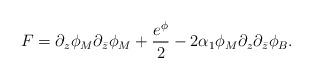
LaTeX: \begin{align*}F= \partial_z \phi_M\partial_{\bar z}\phi_M +\frac{e^\phi}{2}-2 \alpha_1\phi_M\partial_z\partial_{\bar z}\phi_B.\end{align*}